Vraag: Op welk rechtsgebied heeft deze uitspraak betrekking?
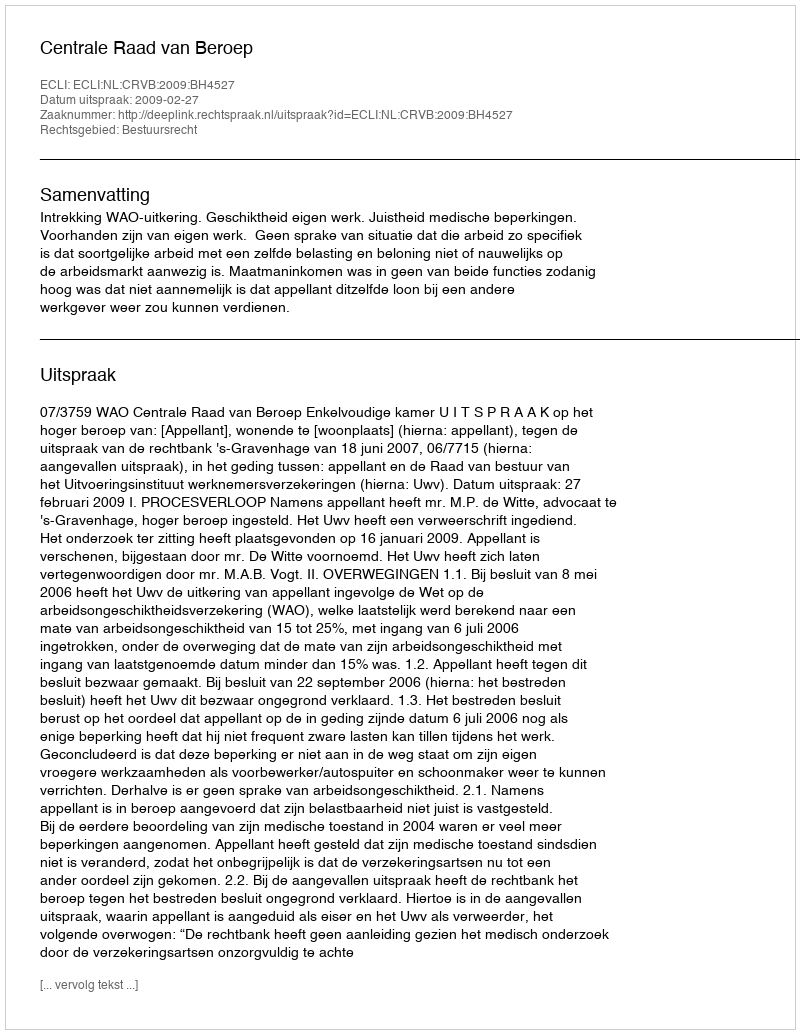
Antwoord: Bestuursrecht